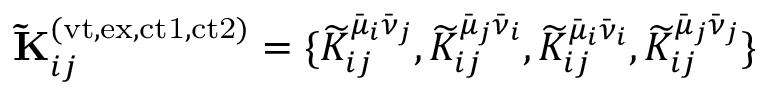
\mathbf { \widetilde { K } } _ { i j } ^ { ( \mathrm { v t , e x , c t 1 , c t 2 } ) } = \{ \widetilde { K } _ { i j } ^ { \bar { \mu } _ { i } \bar { \nu } _ { j } } , \widetilde { K } _ { i j } ^ { \bar { \mu } _ { j } \bar { \nu } _ { i } } , \widetilde { K } _ { i j } ^ { \bar { \mu } _ { i } \bar { \nu } _ { i } } , \widetilde { K } _ { i j } ^ { \bar { \mu } _ { j } \bar { \nu } _ { j } } \}